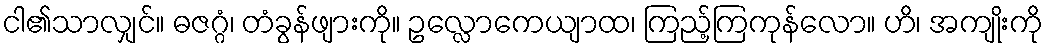
ငါ၏သာလျှင်။ ဓဇဂ္ဂံ၊ တံခွန်ဖျားကို။ ဥလ္လောကေယျာထ၊ ကြည့်ကြကုန်လော။ ဟိ၊ အကျိုးကို